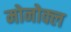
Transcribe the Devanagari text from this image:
मोनोक्ल